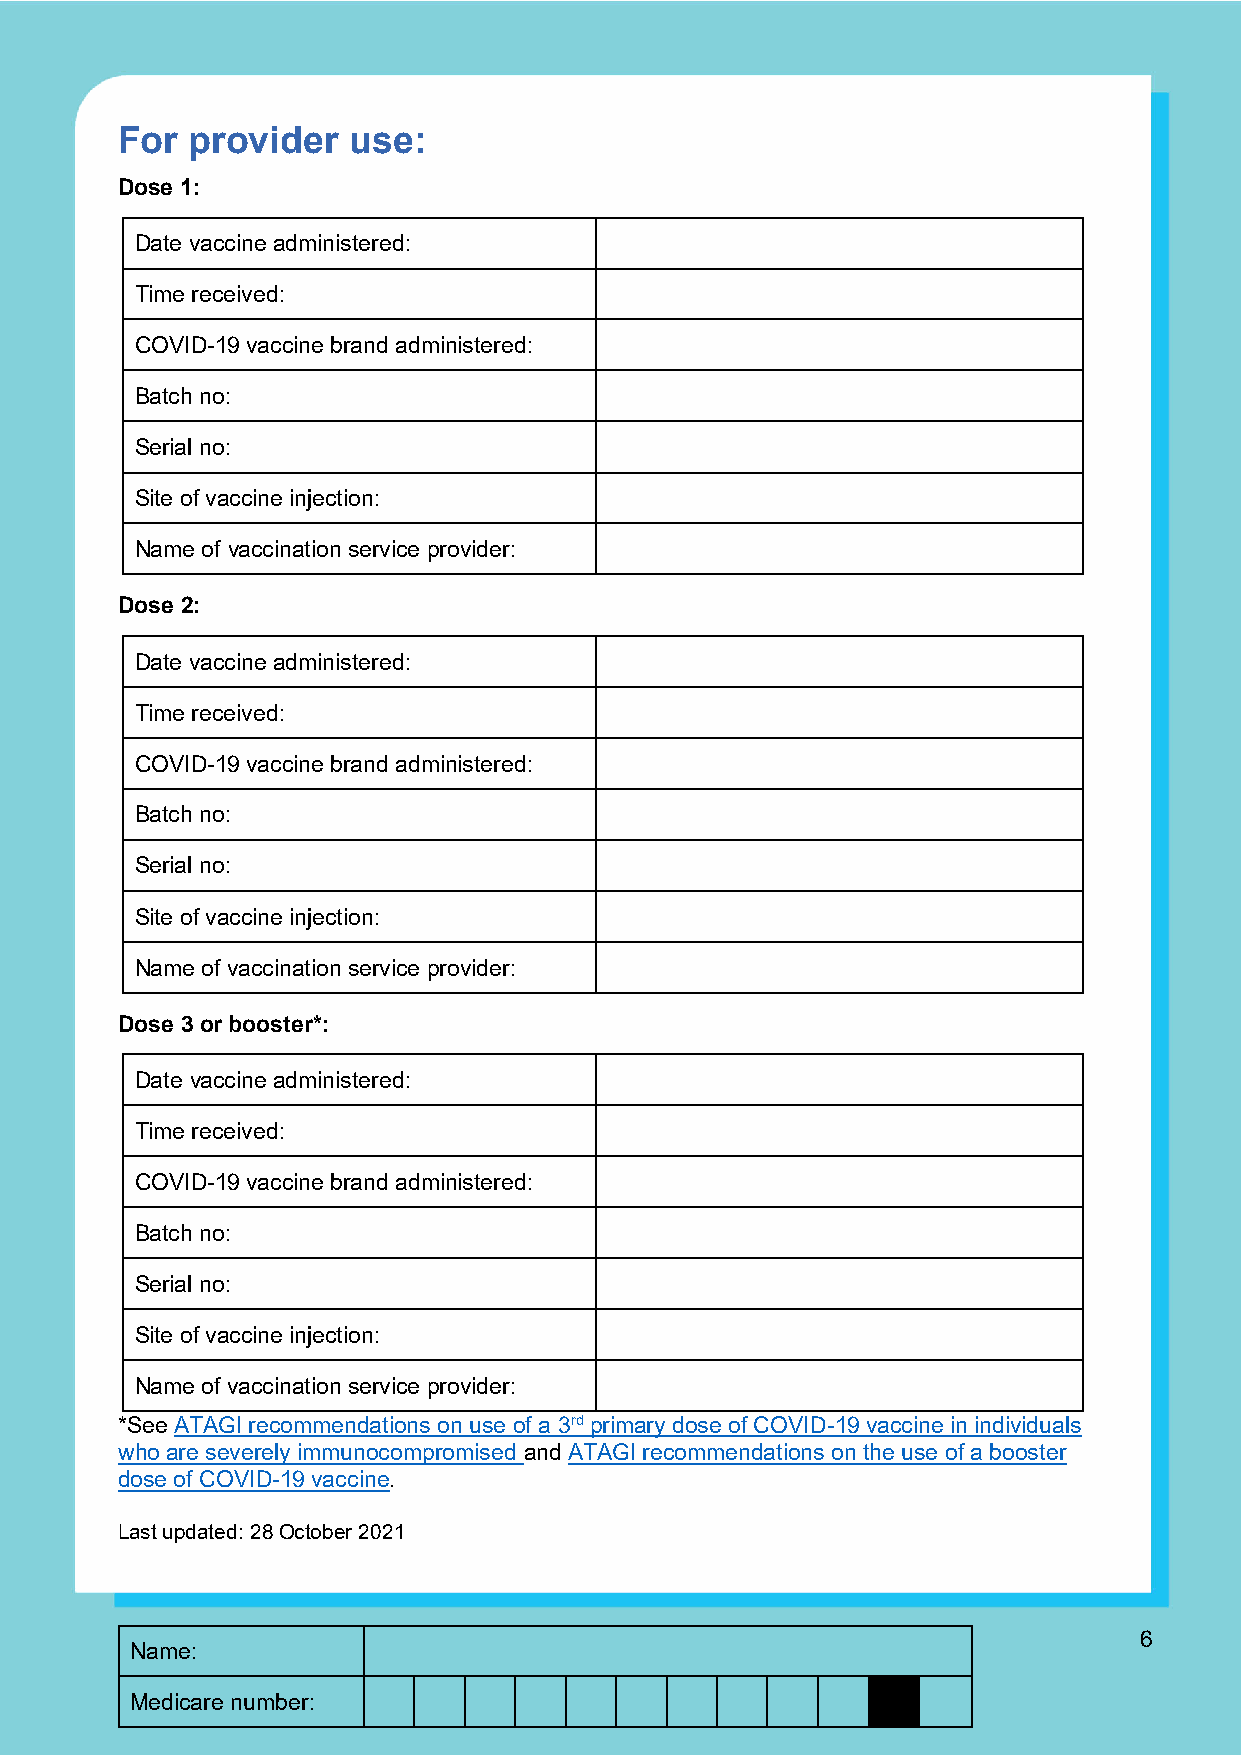
For  provider  use:
 Dose 1:
 Date vaccine administered:
 Time received:
 COVID-19 vaccine brand administered:
 Batch no:
 Serial no:
 Site of vaccine injection:
 Name of vaccination service provider:
 Dose 2:
 Date vaccine administered:
 Time received:
 COVID-19 vaccine brand administered:
 Batch no:
 Serial no:
 Site of vaccine injection:
 Name of vaccination service provider:
 Dose 3 or booster*:
 Date vaccine administered:
 Time received:
 COVID-19 vaccine brand administered:
 Batch no:
 Serial no:
 Site of vaccine injection:
 Name of vaccination service provider:
 *See ATAGI recommendations on use of a 3rd primary dose of COVID-19 vaccine in individuals
 who are severely immunocompromised and ATAGI recommendations on the use of a booster
 dose of COVID-19 vaccine.
 Last updated: 28 October 2021
 6
 Name:
 Medicare number: